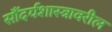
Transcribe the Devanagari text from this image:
सौंदर्यशास्त्रावरील